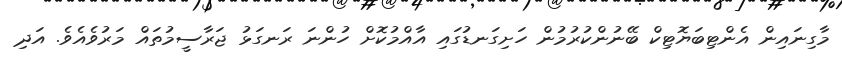
މާގިނައިން އެންޓިބަޔޮޓިކް ބޭނުންކުރުމުން ހަށިގަނޑުގައި އާއްމުކޮށް ހުންނަ ރަނގަޅު ޖަރާސީމުތައް މަރުވެއެވެ. އަދި